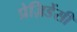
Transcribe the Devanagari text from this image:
प्रेज़िडेंसी